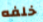
خلفه